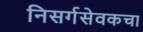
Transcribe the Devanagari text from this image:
निसर्गसेवकचा